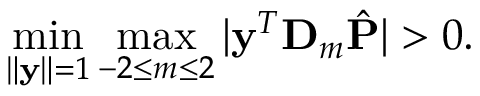
\operatorname* { m i n } _ { \| \mathbf y \| = 1 } \operatorname* { m a x } _ { - 2 \leq m \leq 2 } | \mathbf y ^ { T } \mathbf D _ { m } \hat { \mathbf P } | > 0 .